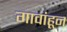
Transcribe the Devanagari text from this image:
गावांहून